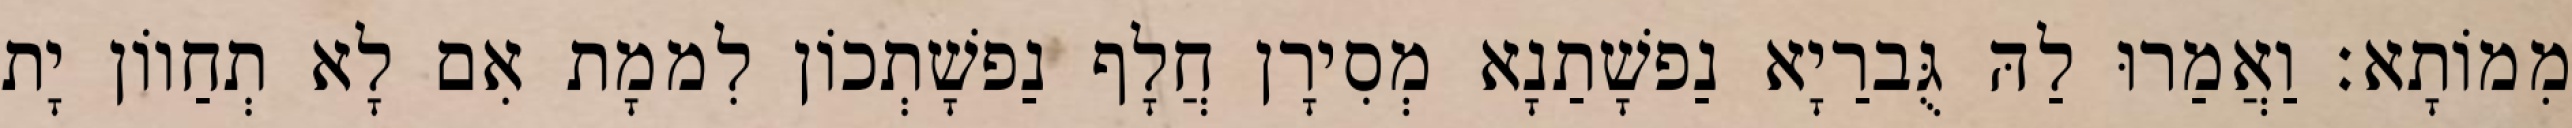
מִמוֹתָא׃ וַאֲמַרוּ לַהּ גֻּברַיָא נַפשָׁתַנָא מְסִירָן חֲלָף נַפשָׁתְכוֹן לִממָת אִם לָא תְחַווֹן יָת